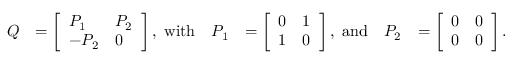
\begin{array} { r l r l r l } { Q } & { = \left[ \begin{array} { l l } { P _ { 1 } } & { P _ { 2 } } \\ { - P _ { 2 } } & { 0 } \end{array} \right] , \mathrm { ~ w i t h } } & { P _ { 1 } } & { = \left[ \begin{array} { l l } { 0 } & { 1 } \\ { 1 } & { 0 } \end{array} \right] , \mathrm { ~ a n d } } & { P _ { 2 } } & { = \left[ \begin{array} { l l } { 0 } & { 0 } \\ { 0 } & { 0 } \end{array} \right] . } \end{array}